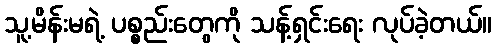
သူ့မိန်းမရဲ့ ပစ္စည်းတွေကို သန့်ရှင်းရေး လုပ်ခဲ့တယ်။